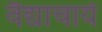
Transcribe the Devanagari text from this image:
वैद्याचार्य